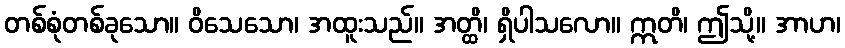
တစ်စုံတစ်ခုသော။ ဝိသေသော၊ အထူးသည်။ အတ္ထိ၊ ရှိပါသလော။ ဣတိ၊ ဤသို့။ အာဟ၊